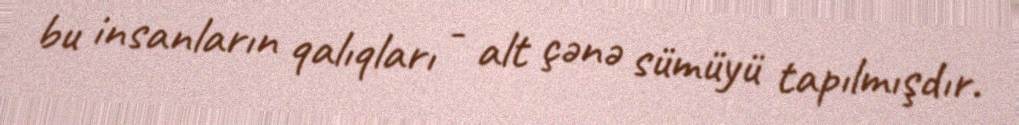
bu insanların qalıqları - alt çənə sümüyü tapılmışdır.